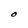
Character: O